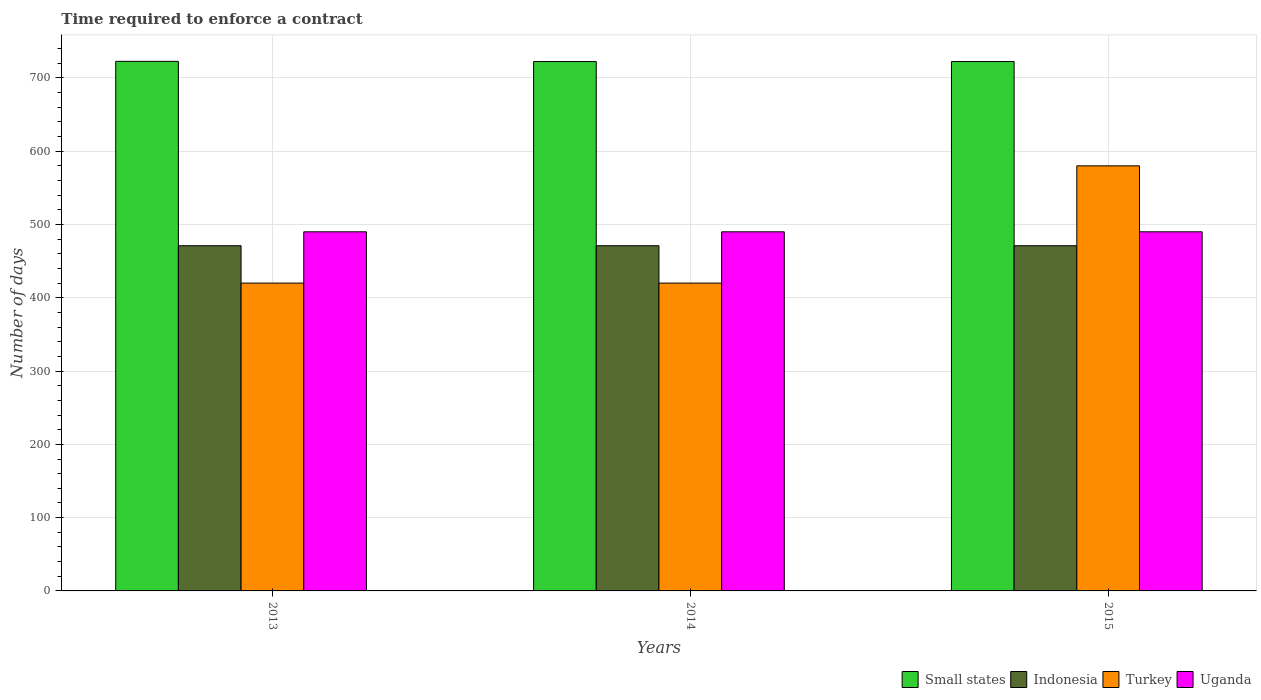
| Years | Small states | Indonesia | Turkey | Uganda |
 | --- | --- | --- | --- | --- |
 | 2013 | 723 | 471 | 420 | 490 |
 | 2014 | 722 | 471 | 420 | 490 |
 | 2015 | 722 | 471 | 580 | 490 |